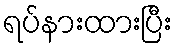
ရပ်နားထားပြီး